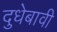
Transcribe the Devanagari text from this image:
दुधेबावी